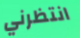
انتظرني